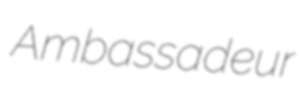
Ambassadeur